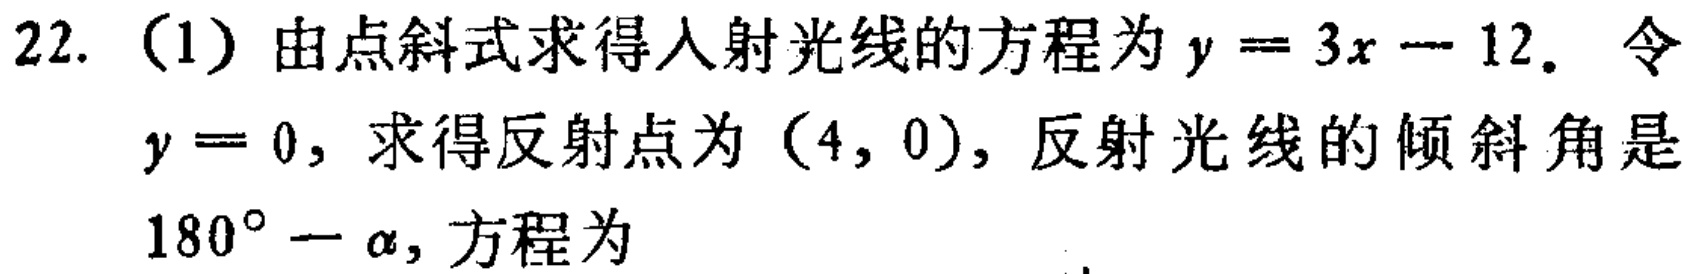
22.（1）由点斜式求得入射光线的方程为\(y = 3x - 12\). 令
\(y = 0\)，求得反射点为\((4,0)\)，反射光线的倾斜角是
\(180^{\circ}-\alpha\)，方程为